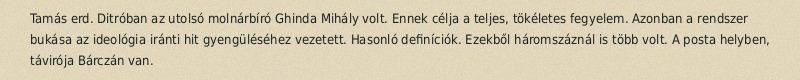
Tamás erd. Ditróban az utolsó molnárbíró Ghinda Mihály volt. Ennek célja a teljes, tökéletes fegyelem. Azonban a rendszer bukása az ideológia iránti hit gyengüléséhez vezetett. Hasonló definíciók. Ezekből háromszáznál is több volt. A posta helyben, távirója Bárczán van.